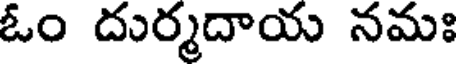
ఓం దుర్మదాయ నమః